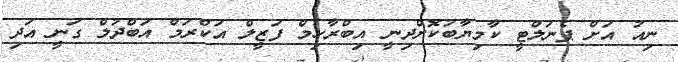
ނިއު އަށް ޕެނަލްޓީ ކާމިޔާބުކޮށްދިނީ އިބްރާހިމް ފަޒީލް އަކްރަމް އަބްދުލް ގަނީ އަދި